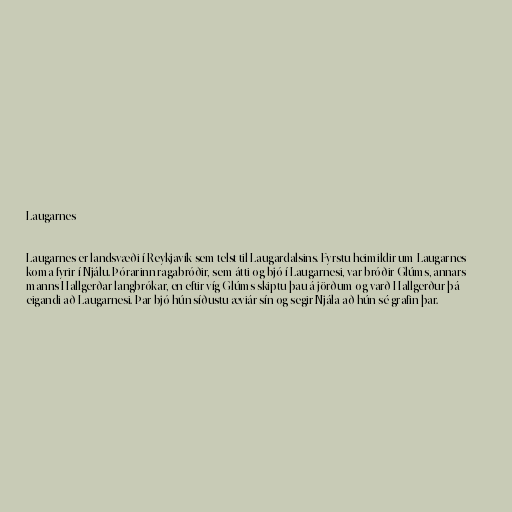
Laugarnes

Laugarnes er landsvæði í Reykjavík sem telst til Laugardalsins. Fyrstu heimildir um Laugarnes
koma fyrir í Njálu. Þórarinn ragabróðir, sem átti og bjó í Laugarnesi, var bróðir Glúms, annars
manns Hallgerðar langbrókar, en eftir víg Glúms skiptu þau á jörðum og varð Hallgerður þá
eigandi að Laugarnesi. Þar bjó hún síðustu æviár sín og segir Njála að hún sé grafin þar.